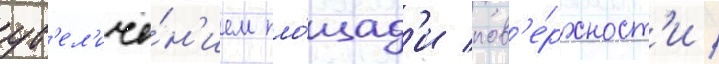
ув'ел'иче́н'ием пло́щад'и пов'е́рхност'и /